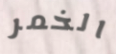
الخمر